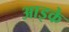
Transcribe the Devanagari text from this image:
आइके